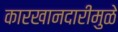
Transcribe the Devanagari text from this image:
कारखानदारीमुळे